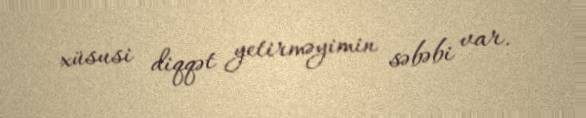
xüsusi diqqət yetirməyimin səbəbi var.